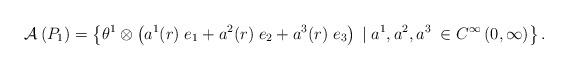
LaTeX: \begin{align*} \mathcal{A}_{}\left(P_{1}\right)=\left\{\theta^{1}\otimes\left(a^{1}(r)\;e_{1}+a^{2}(r)\;e_{2}+a^{3}(r)\;e_{3}\right)\;|\;a^{1},a^{2},a^{3}\;\in C^{\infty}\left(0,\infty\right)\right\}.\end{align*}